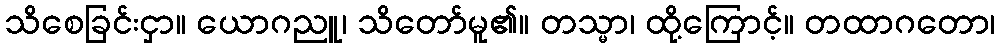
သိစေခြင်းငှာ။ ယောဂညူ၊ သိတော်မူ၏။ တသ္မာ၊ ထို့ကြောင့်။ တထာဂတော၊